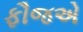
ફૌજએ